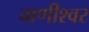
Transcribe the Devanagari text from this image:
वाणीश्वर